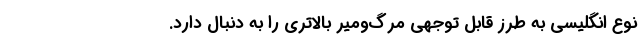
نوع انگلیسی به طرز قابل توجهی مرگ‌و‌میر بالاتری را به دنبال دارد.